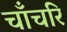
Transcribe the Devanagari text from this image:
चाँचरि